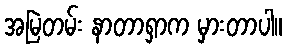
အမြဲတမ်း နာတာရှာက မှားတာပါ။